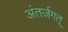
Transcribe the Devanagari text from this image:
अंतर्जगत्‌